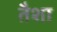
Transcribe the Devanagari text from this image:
तैशा